Leaving Certificate, 1937
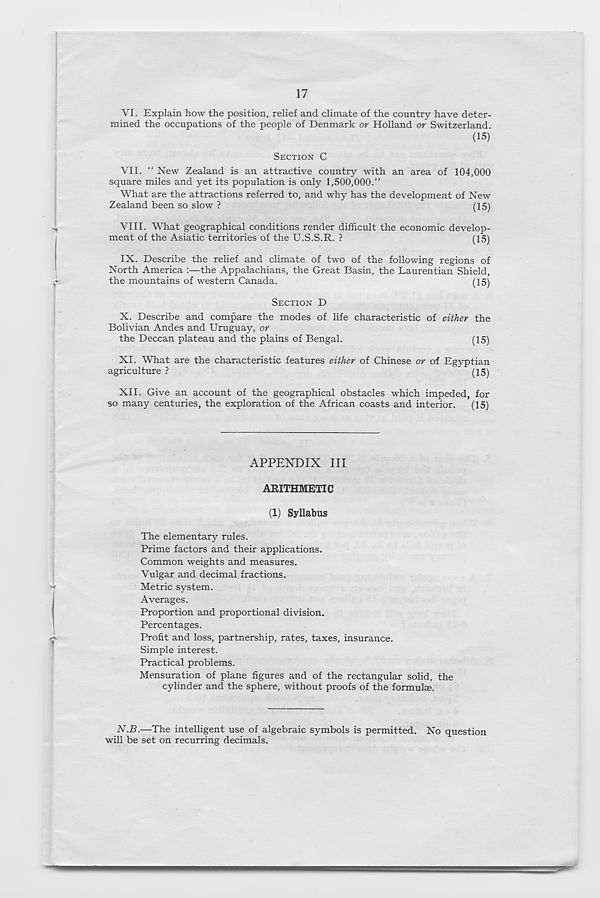
17
VI.
Explain how the position, relief and c
mined the occupations of the people of Denmark or Holland or Switzerland
(15)
SECTION C
VII. “New Zealand is an attractive country with an area of 104,000
square miles and yet its population is only 1,500,000.”
What are the attractions referred to, and why has the development of New
Zealand been so slow ?
(15)
VIII. What geographical conditions render difficult the economic develop-
ment of the Asiatic territories of the U.S.S.R. ?
(15)
IX.
Describe the relief and climate of
North America :—the Appalachians, the Great Basin, the Laurentian Shield,
the mountains of western Canada.
(151
SECTION D
X. Describe and compare the modes of life characteristic of either the
Bolivian Andes and Uruguay, or
the Deccan plateau and the plains of Bengal.
(15)
XI. What are the characteristic features either of Chinese or of Egyptian
agriculture ?
(15)
XII. Give an account of the geographical obstacles which impeded, for
so many centuries, the exploration of the African coasts and interior.
(15)
APPENDIX III
ARITHMETIC
(1) Syllabus
The elementary rules.
Prime factors and their applications.
Common weights and measures.
Vulgar and decimal fractions.
Metric system.
Averages.
Proportion and proportional division.
Percentages.
Profit and loss, partnership, rates, taxes, insurance.
Simple interest.
Practical problems.
Mensuration of plane figures and of the rectangular solid, the
cylinder and the sphere, without proofs of the formulas.
N.B.—The intelligent use of algebraic symbols is permitted. No question
will be set on recurring decimals.